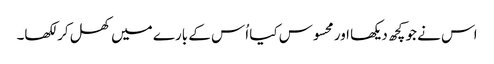
اس نے جو کچھ دیکھا اور محسوس کیا اُس کے بارے میں کھل کر لکھا۔